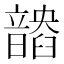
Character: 𩐽